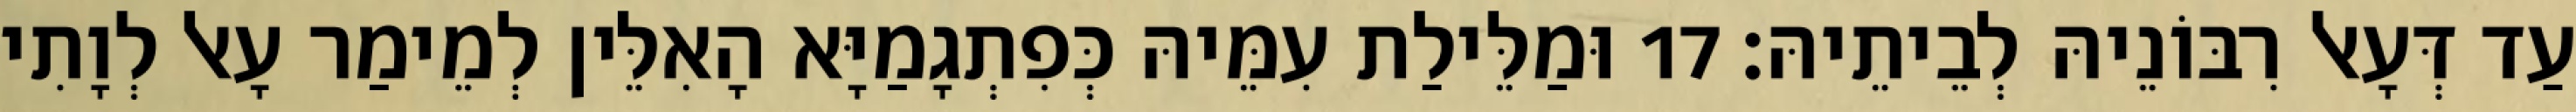
עַד דְּעָאל רִבּוֹנֵיהּ לְבֵיתֵיהּ׃ 17 וּמַלֵּילַת עִמֵּיהּ כְּפִתְגָמַיָּא הָאִלֵּין לְמֵימַר עָאל לְוָתִי